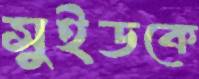
সুইডকে